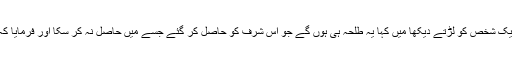
میں جب سے پہلے حضور اکرم صلی اللہ کی طرف لوٹا تو میں نے آپ کے سامنے ایک شخص کو لڑتے دیکھا میں کہا یہ طلحہ ہی ہوں گے جو اس شرف کو حاصل کر گئے جسے میں حاصل نہ کر سکا اور فرمایا کہ اس دن طلحہ رضی اللہ عنہ کو ستر سے اوپر تیر ، تلوار اور نیزوں کے زخم لگے ۔